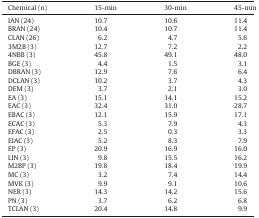
<table><thead><tr><td><b>Chemical (n)</b></td><td><b>15-min</b></td><td><b>30-min</b></td><td><b>45-min</b></td></tr></thead><tbody><tr><td>IAN (24)</td><td>10.7</td><td>10.6</td><td>11.4</td></tr><tr><td>BRAN (24)</td><td>10.4</td><td>10.7</td><td>11.4</td></tr><tr><td>CLAN (26)</td><td>6.2</td><td>4.7</td><td>5.6</td></tr><tr><td>3M2B (3)</td><td>12.7</td><td>7.2</td><td>2.2</td></tr><tr><td>4NBB (3)</td><td>45.8</td><td>49.1</td><td>48.0</td></tr><tr><td>BGE (3)</td><td>4.4</td><td>1.5</td><td>3.1</td></tr><tr><td>DBRAN (3)</td><td>12.9</td><td>7.6</td><td>6.4</td></tr><tr><td>DCLAN (3)</td><td>10.2</td><td>3.7</td><td>4.3</td></tr><tr><td>DEM (3)</td><td>3.7</td><td>2.1</td><td>3.0</td></tr><tr><td>EA (3)</td><td>15.1</td><td>14.1</td><td>15.2</td></tr><tr><td>EAC (3)</td><td>32.4</td><td>31.0</td><td>28.7</td></tr><tr><td>EBAC (3)</td><td>12.1</td><td>15.9</td><td>17.1</td></tr><tr><td>ECAC (3)</td><td>5.3</td><td>7.9</td><td>4.3</td></tr><tr><td>EFAC (3)</td><td>2.5</td><td>0.3</td><td>3.3</td></tr><tr><td>EIAC (3)</td><td>5.2</td><td>8.3</td><td>7.9</td></tr><tr><td>EP (3)</td><td>20.9</td><td>16.9</td><td>16.0</td></tr><tr><td>LIN (3)</td><td>9.8</td><td>15.5</td><td>16.2</td></tr><tr><td>M2BP (3)</td><td>19.8</td><td>18.4</td><td>19.9</td></tr><tr><td>MC (3)</td><td>3.2</td><td>7.4</td><td>14.4</td></tr><tr><td>MVK (3)</td><td>9.9</td><td>9.1</td><td>10.6</td></tr><tr><td>NER (3)</td><td>14.3</td><td>14.2</td><td>15.6</td></tr><tr><td>PN (3)</td><td>3.7</td><td>6.2</td><td>6.8</td></tr><tr><td>TCLAN (3)</td><td>20.4</td><td>14.8</td><td>9.9</td></tr></tbody></table>